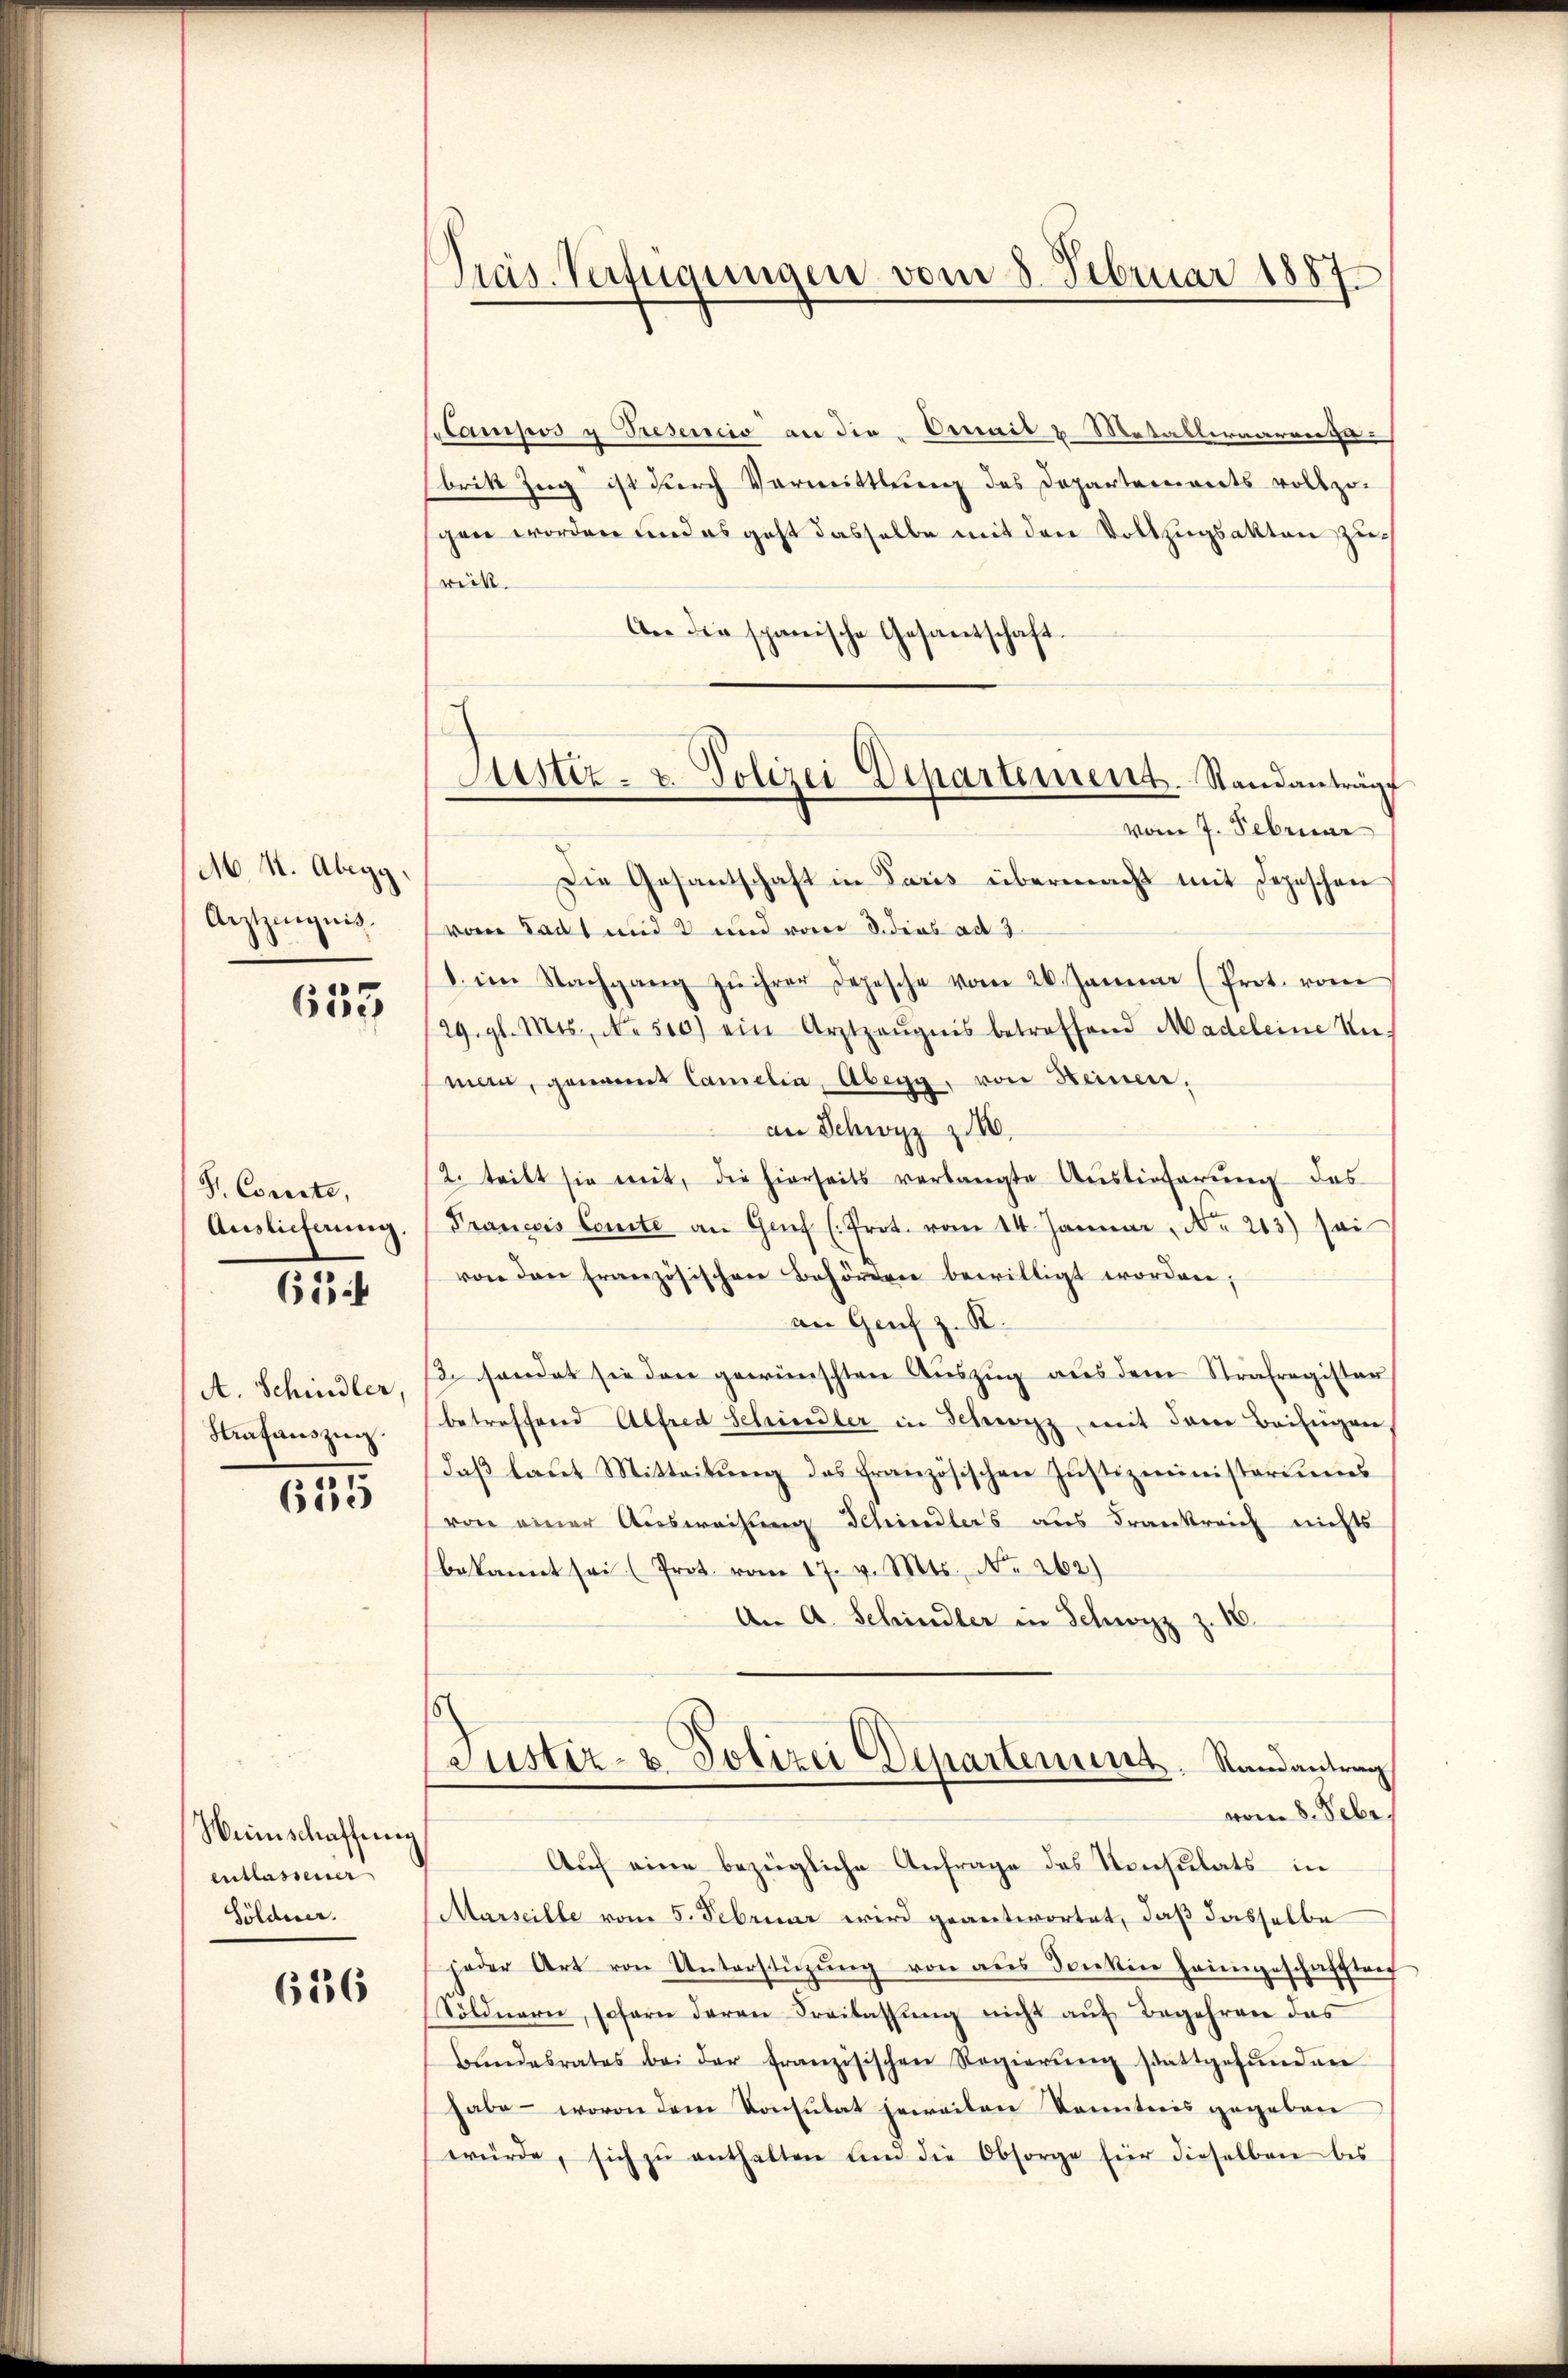
M N. Abegg,
Arztzingnis.

655

S. Corsste,
Auslieferung.
65

A. Schindler,
Satauszug.

625

Weinschaffung
entlassener
Sölderer.

6236

Präs. Verfügungen vom 8. Februar 1887.

Cetamipos u Tresencio an die Detail & Metallernarensa
brik Zug ist durch Vormittlung des Departementsvollzogen worden und es geht dasselbe mit den Vollzugsakten zurick.
An die spanische Gesandschaft.
vom 7. Februar
Die Gesantschaft in Paris übermacht mit Depeschen
von Sadt und 2 und vom 8. dies ad 3.
b. im Nachgang zŭ ihrer Depesche vom 26. Januar (Prot. vom
29. gl. Mts. No. 500) ein Arztzeŭgnis betreffend Madeleine Un-
man, genannt Camilia, Abegg, von Heinen.
an Schwyz z.
2. teilt sie mit, die hierseits verlangte Auslieferung das
Francis Comte an Genf (Prot. vom 14. Januar, No. 213) sei
von den Französischen Behörden bewilligt worden;
an Genf z. R.
2 sendet sie den gewünschten Auszug aus dem Strafregister
betreffend Alfred Schindler in Schwarz mit dem Beingen,
daβ laut Mitteilŭng des französischen Justizministeriums
von einer Ausweisung Schindlers aus Frankreich nichts
bekannt sei (Prot. vom 17. v. Mts. No 262)
An A. Schindler in Schwyz z.
Justiz- & Polizei Departement. Randantrag
vom 8. Febr.
Auf eine bezügliche Anfrage des Konsulats in
Marseille vom 5. Februar wird geantwortet, daß dasselbe
jeder Art von Unterstüzung von aus dontin heimgeschaftlich
Söldnern, sofern deren Freilassŭng nicht aŭf Begehren des
bŭndesrates bei der französischen Regierŭng stattgefŭnden
habe – wovon dem Konsulat jeweilen Kenntnis gegeben
würde, sich zŭ enthalten ŭm die Obsorge für dieselben bis

Justiz- u. Polizei Departement. Standanträg